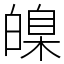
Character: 𤾚